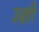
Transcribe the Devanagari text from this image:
उक्षी